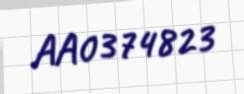
AA0374823